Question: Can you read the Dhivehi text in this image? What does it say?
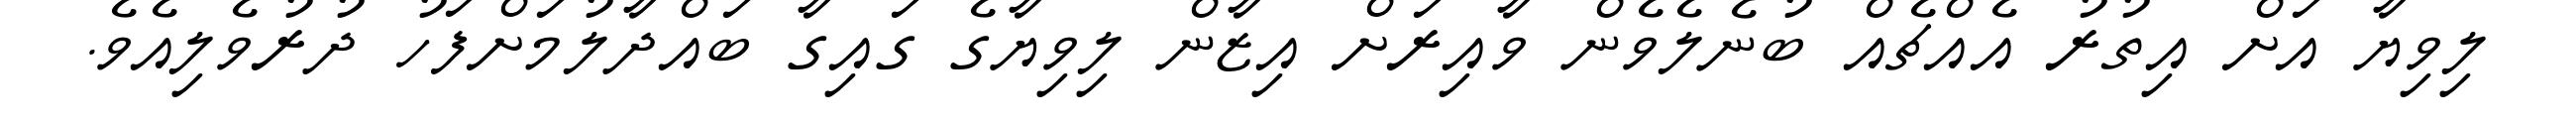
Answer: ލިވިޔާ އަށް އިތުރު އެއްޗެއް ބުނެލެވެން ވާއިރަށް އިޒާން ލިވިޔާގެ ގައިގާ ބައްދާލުމަށްފަހު ދުރުވެލިއެވެ.